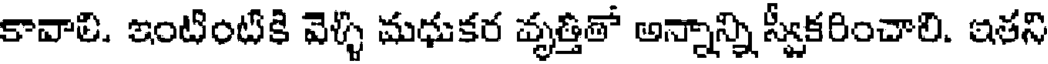
కావాలి. ఇంటింటికి వెళ్ళి మధుకర వృత్తితో అన్నాన్ని స్వీకరించాలి. ఇతని